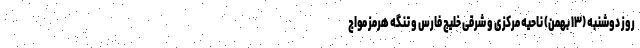
روز دوشنبه (۱۳ بهمن) ناحیه مرکزی و شرقی خلیج فارس و تنگه هرمز مواج